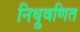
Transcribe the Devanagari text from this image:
निध्रुवणित